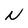
Character: N